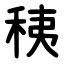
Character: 䄺